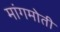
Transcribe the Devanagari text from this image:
मांगमोती